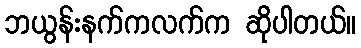
ဘယွန်းနက်ကလက်က ဆိုပါတယ်။